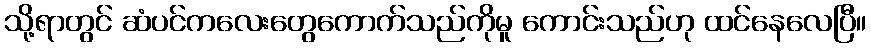
သို့ရာတွင် ဆံပင်ကလေးတွေကောက်သည်ကိုမူ ကောင်းသည်ဟု ထင်နေလေပြီ။